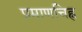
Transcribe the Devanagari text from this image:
प्रमाणचिह्न